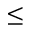
\leq